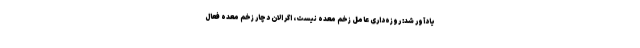
یادآور شد: روزه‌داری عامل زخم معده نیست، اگر الان دچار زخم معده فعال